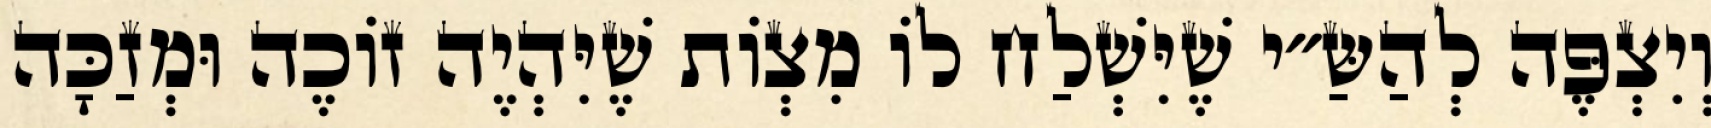
וְיִצְפֶּה לְהַשַּ״י שֶׁיִּשְׁלַח לוֹ מִצְוֹת שֶׁיִּהְיֶה זוֹכֶה וּמְזַכָּה